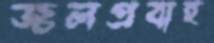
জলপ্রবাহ